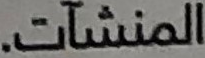
المنشآت